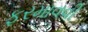
ફરમાવવી